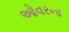
ઓવરના